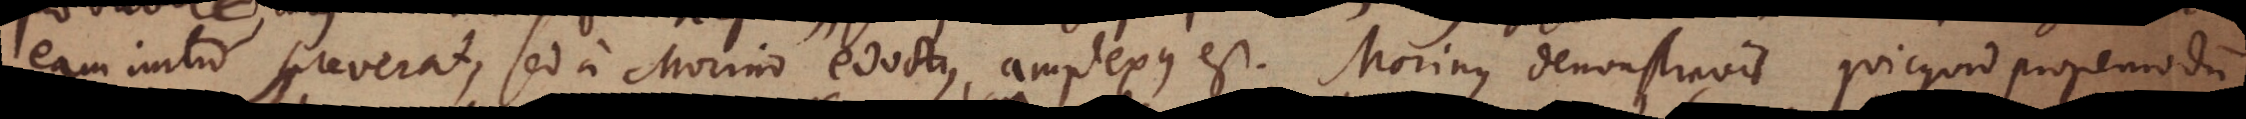
eam initio spreverat, sed a Morino edoctus, amplexus est. Morinus demonstravit quicquid propemodum